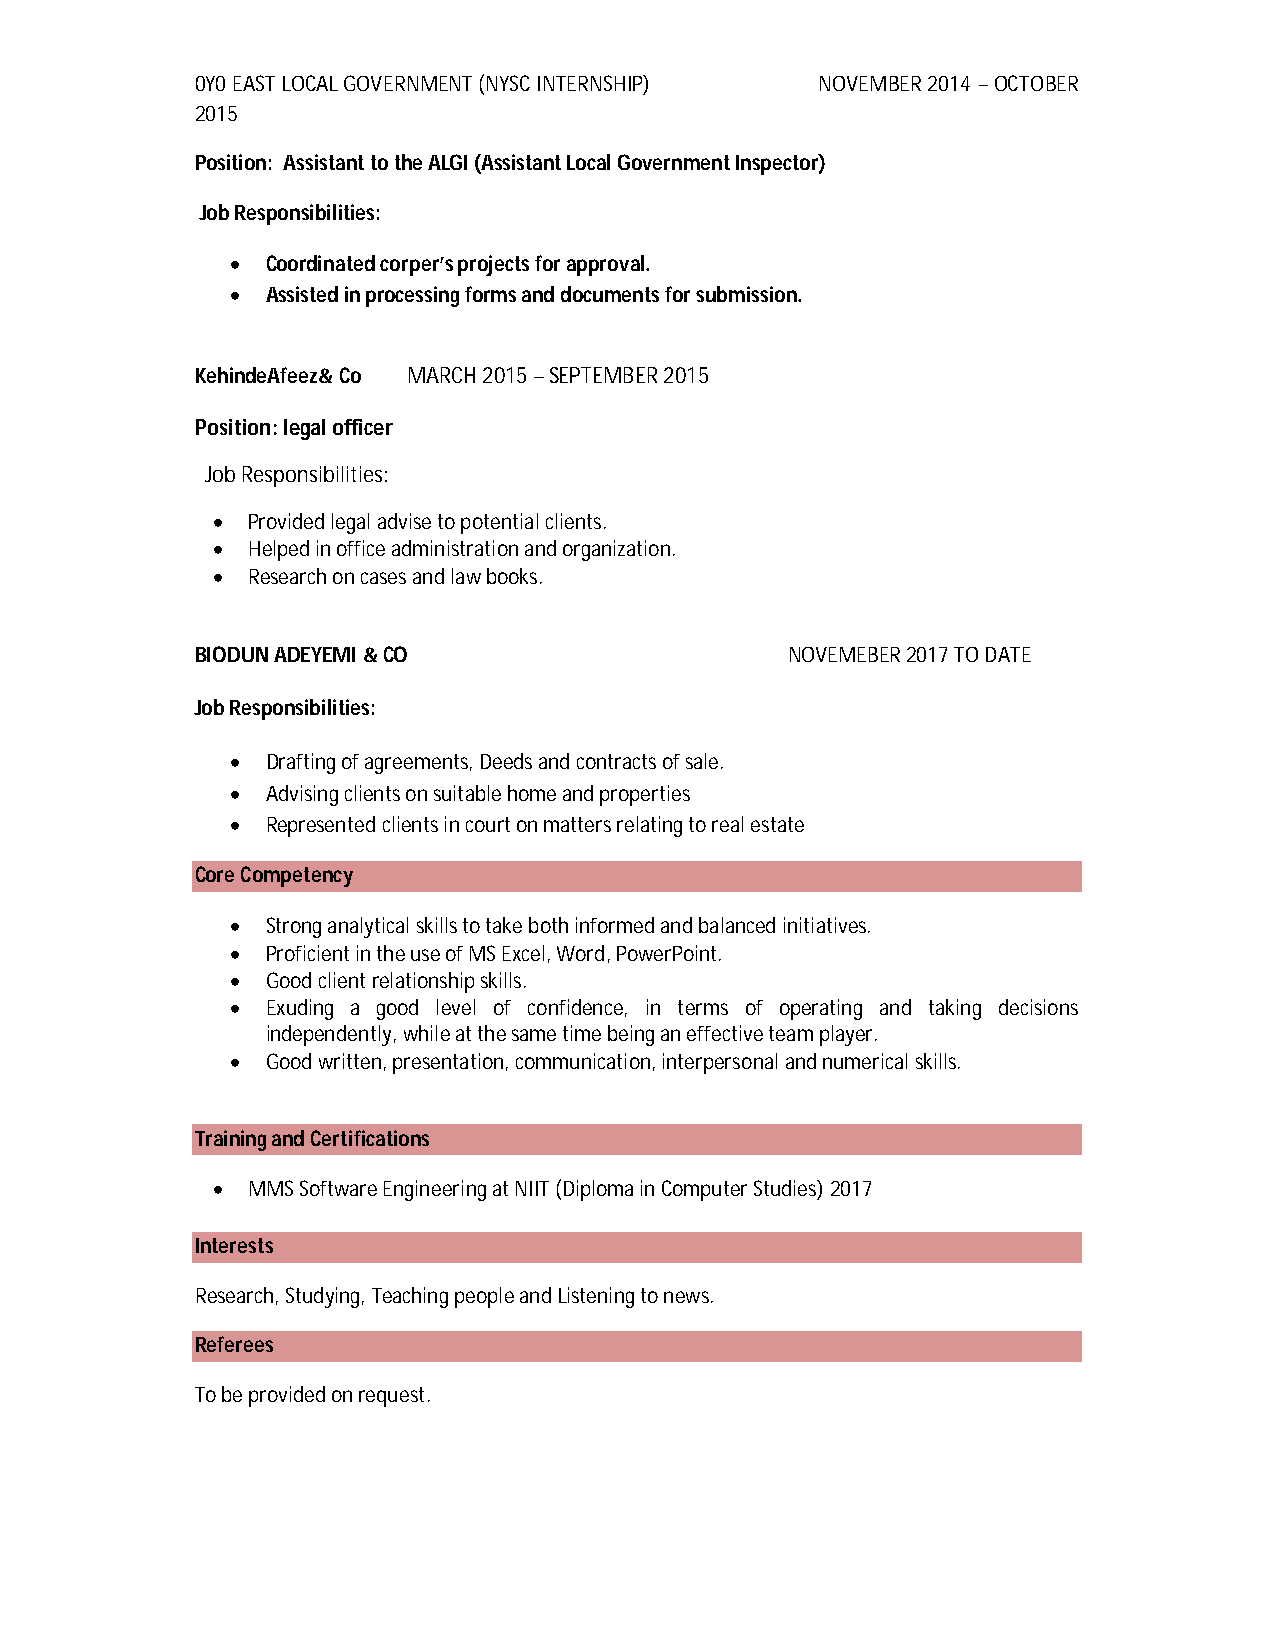
0Y0 EAST LOCAL GOVERNMENT (NYSC INTERNSHIP) NOVEMBER 2014 – OCTOBER
 2015
 Position: Assistant to the ALGI (Assistant Local Government Inspector)
 Job Responsibilities:
   Coordinated corper’s projects for approval.
   Assisted in processing forms and documents for submission.
 KehindeAfeez& Co MARCH 2015 – SEPTEMBER 2015
 Position: legal officer
 Job Responsibilities:
  Provided legal advise to potential clients.
  Helped in office administration and organization.
  Research on cases and law books.
 BIODUN ADEYEMI & CO                    NOVEMEBER 2017 TO DATE
 Job Responsibilities:
   Drafting of agreements, Deeds and contracts of sale.
   Advising clients on suitable home and properties
   Represented clients in court on matters relating to real estate
 Core Competency
   Strong analytical skills to take both informed and balanced initiatives.
   Proficient in the use of MS Excel, Word, PowerPoint.
   Good client relationship skills.
   Exuding a good level of confidence, in terms of operating and taking decisions
 independently, while at the same time being an effective team player.
   Good written, presentation, communication, interpersonal and numerical skills.
 Training and Certifications
  MMS Software Engineering at NIIT (Diploma in Computer Studies) 2017
 Interests
 Research, Studying, Teaching people and Listening to news.
 Referees
 To be provided on request.